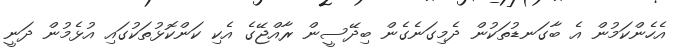
އެހެންކަމުން އެ ބާގަނޑުތަކުން ދެމިގަނެގެން ބިދޭސީން ރާއްޖޭގެ އެކި ކަންކޮޅުތަކުގައި އުޅެމުން ދަނީ